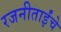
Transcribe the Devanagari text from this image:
रजनीताईंचे